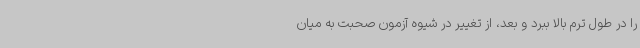
را در طول ترم بالا ببرد و بعد، از تغییر در شیوه آزمون صحبت به میان